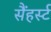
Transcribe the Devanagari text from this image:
सैंहर्स्ट